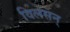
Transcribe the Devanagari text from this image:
विलसन्